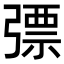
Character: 𢐕